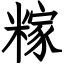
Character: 糘